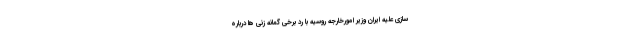
سازی علیه ایران وزیر امورخارجه روسیه با رد برخی گمانه زنی ها درباره